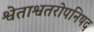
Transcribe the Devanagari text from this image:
श्वेताश्वतरोपनिषद